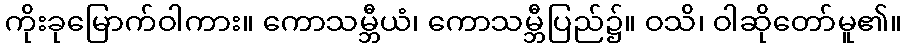
ကိုးခုမြောက်ဝါကား။ ကောသမ္ဘီယံ၊ ကောသမ္ဘီပြည်၌။ ဝသိ၊ ဝါဆိုတော်မူ၏။